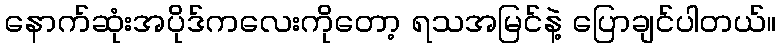
နောက်ဆုံးအပိုဒ်ကလေးကိုတော့ ရသအမြင်နဲ့ ပြောချင်ပါတယ်။